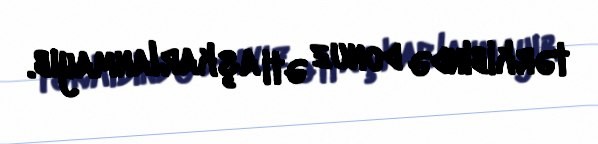
tərkibində donuz əti aşkarlanmayıb.